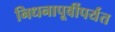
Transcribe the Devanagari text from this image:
निधनापूर्वीपर्यंत